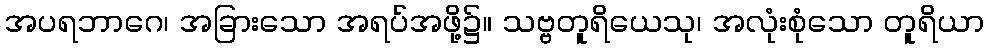
အပရဘာဂေ၊ အခြားသော အရပ်အဖို့၌။ သဗ္ဗတူရိယေသု၊ အလုံးစုံသော တူရိယာ